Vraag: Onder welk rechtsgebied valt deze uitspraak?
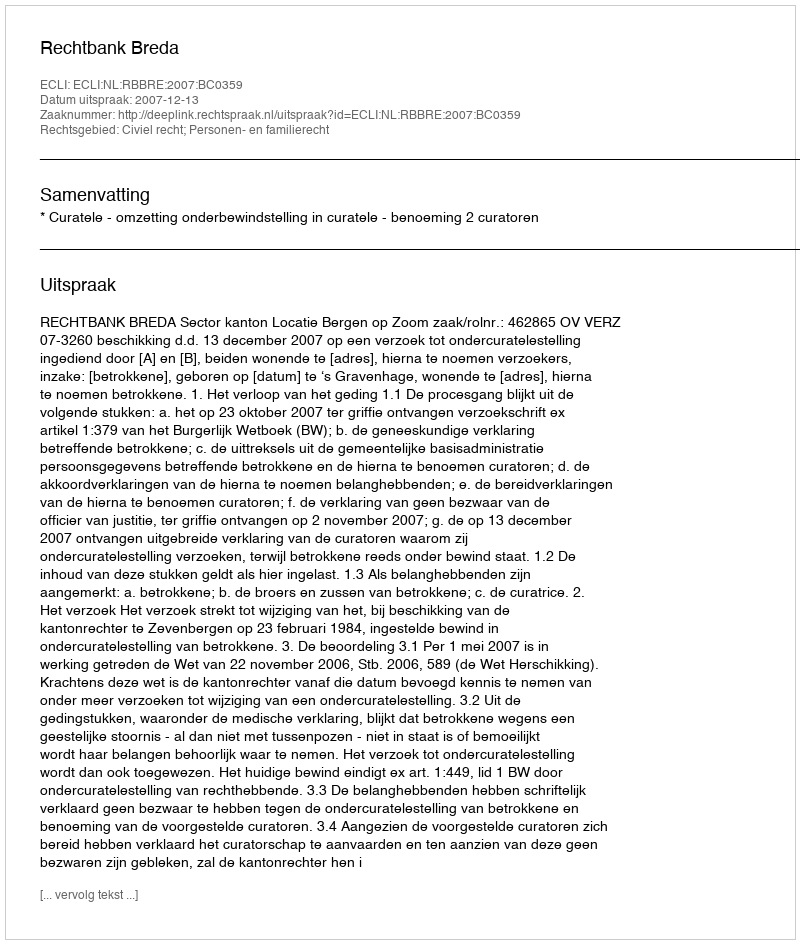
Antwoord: Civiel recht; Personen- en familierecht